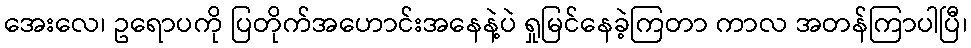
အေးလေ၊ ဥရောပကို ပြတိုက်အဟောင်းအနေနဲ့ပဲ ရှုမြင်နေခဲ့ကြတာ ကာလ အတန်ကြာပါပြီ၊